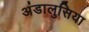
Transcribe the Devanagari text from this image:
अंडालुसिया